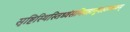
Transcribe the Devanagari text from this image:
सृष्टिस्थिस्तिध्वंसनिग्रहानुग्रहात्मकम्